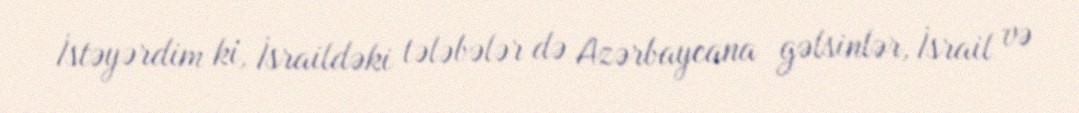
İstəyərdim ki, İsraildəki tələbələr də Azərbaycana gəlsinlər, İsrail və